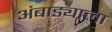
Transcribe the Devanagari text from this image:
अंबाड्याला